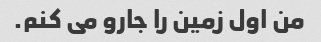
من اول زمین را جارو می کنم.